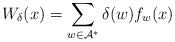
LaTeX: \begin{align*} W_\delta (x) = \sum_{w \in \mathcal{A}^*} \delta (w) f_w (x) \end{align*}